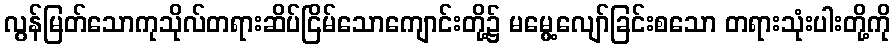
လွန်မြတ်သောကုသိုလ်တရားဆိပ်ငြိမ်သောကျောင်းတို့၌ မမွေ့လျော်ခြင်းစသော တရားသုံးပါးတို့ကို